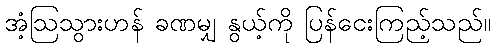
အံ့ဩသွားဟန် ခဏမျှ နွယ့်ကို ပြန်ငေးကြည့်သည်။